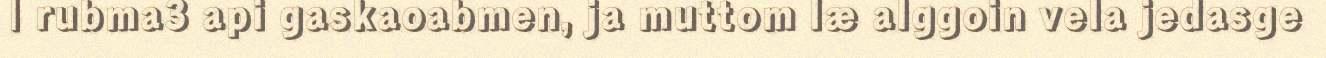
| rubma3 api gaskaoabmen, ja muttom læ alggoin vela jedasge